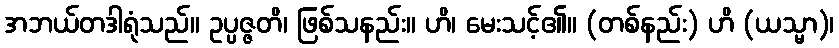
အဘယ်တဒါရုံသည်။ ဥပ္ပဇ္ဇတိ၊ ဖြစ်သနည်း။ ဟိ၊ မေးသင့်၏။ (တစ်နည်း) ဟိ (ယသ္မာ)၊